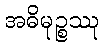
အဓိမုဉ္စဿု